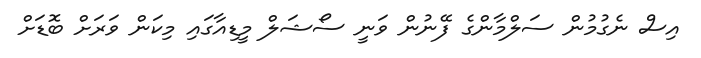
އިސް ނެގުމުން ސަލްމާންގެ ފޭނުން ވަނީ ސޯޝަލް މީޑިއާގައި މިކަން ވަރަށް ބޮޑަށް